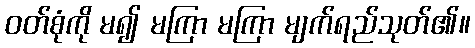
ဝတ်စုံကို မ၍ မကြာ မကြာ မျက်ရည်သုတ်၏။